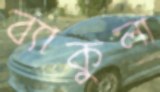
ব্যাকুলা